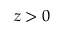
z > 0